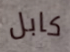
كابل